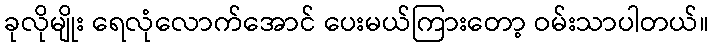
ခုလိုမျိုး ရေလုံလောက်အောင် ပေးမယ်ကြားတော့ ဝမ်းသာပါတယ်။